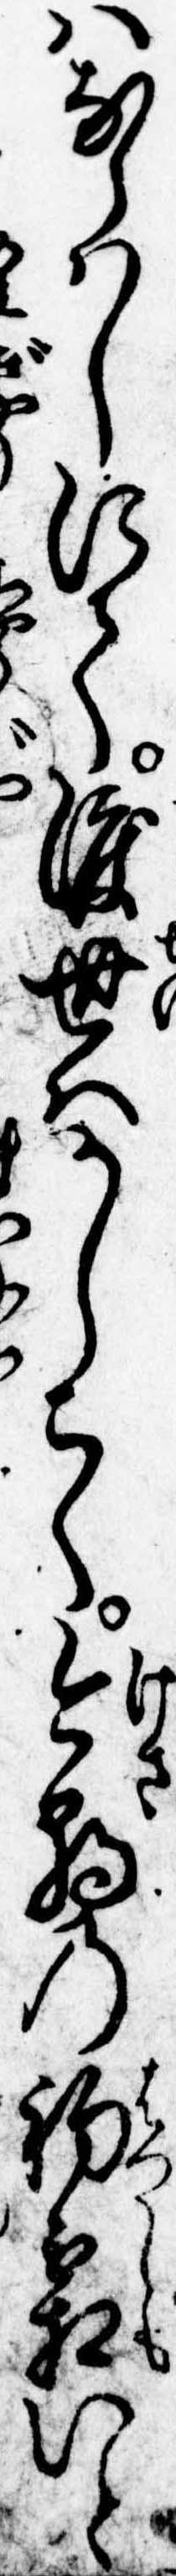
はならはしにて渡世はかしこく今朝の初霜いと